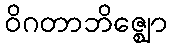
ဝိဂတာဘိဇ္ဈော